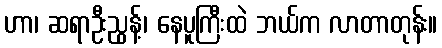
ဟာ၊ ဆရာဦးညွန့်၊ နေပူကြီးထဲ ဘယ်က လာတာတုန်း။